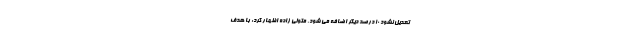
تعدیل نشود ۱۰ درصد دیگر اضافه می شود. متولی زاده اظهار کرد: با هدف